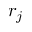
r _ { j }